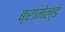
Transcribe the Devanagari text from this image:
ब्रामेल्ड